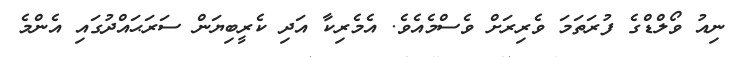
ނިއު ވޯލްޑްގެ ފުރަތަމަ ވެރިރަށް ވެސްމެއެވެ. އެމެރިކާ އަދި ކެރީބިޔަން ސަރަޙައްދުގައި އެންމެ